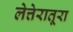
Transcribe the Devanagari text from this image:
लेत्तेरातूरा